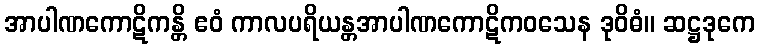
အာပါဏကောဋိကန္တိ ဧဝံ ကာလပရိယန္တအာပါဏကောဋိကဝသေန ဒုဝိဓံ။ ဆဋ္ဌဒုကေ